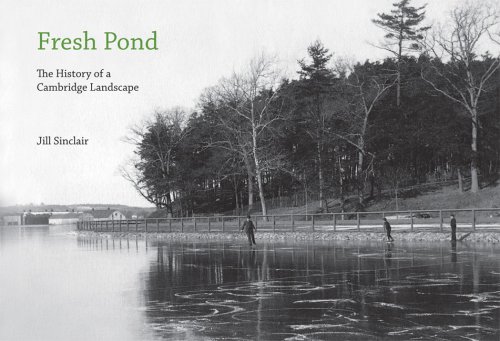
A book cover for Fresh Pond: The History of a Cambridge Landscape; Jill Sinclair; Science & Math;